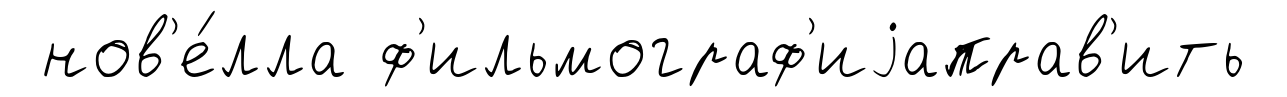
нов'е́лла ф'ильмограф'иjаправ'ить